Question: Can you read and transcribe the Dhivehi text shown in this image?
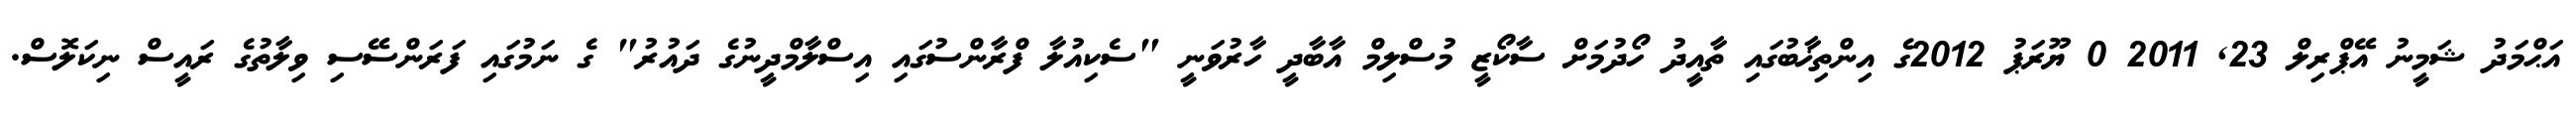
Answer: އަޙްމަދު ޝަމީނު އޭޕްރިލް 23, 2011 0 ޔޫރަޕު 2012ގެ އިންތިޚާބުގައި ތާއީދު ހޯދުމަށް ސާކޯޒީ މުސްލިމް އާބާދީ ހާރުވަނީ "ސެކިއުލާ ފްރާންސުގައި އިސްލާމްދީނުގެ ދައުރު" ގެ ނަމުގައި ފަރަންސޭސި ވިލާތުގެ ރައީސް ނިކަލޮސް.